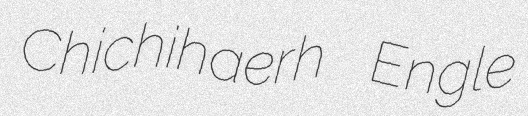
Chichihaerh Engle